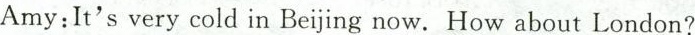
Amy:It's very cold in Beijing now.How about London?